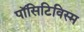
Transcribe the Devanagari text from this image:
पॉसिटिविस्म